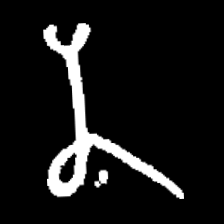
Pyu character \u2014 Myanmar letter: န (romanized: na)